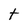
Character: t